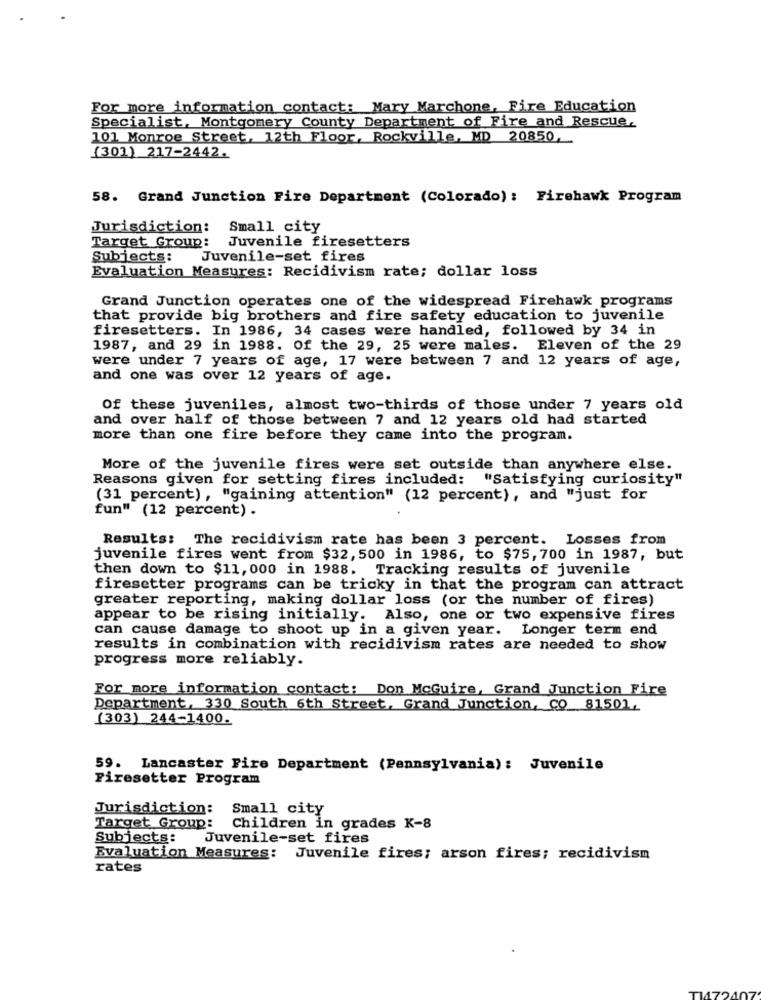
For more information contact: Mary Marchone, Fire Education
Specialist, Montgomery County Department of Fire and Rescue,
101 Monroe Street, 12th Floor, Rockville, MD 20850,
(301) 217-2442.
58. Grand Junction Fire Department (Colorado): Firehawk Program
Jurisdiction:
Small city
Target Group:
Juvenile firesetters
Subjects:
Juvenile-set fires
Evaluation Measures: Recidivism rate; dollar loss
Grand Junction operates one of the widespread Firehawk programs
that provide big brothers and fire safety education to juvenile
firesetters. In 1986, 34 cases were handled, followed by 34 in
1987, and 29 in 1988. Of the 29, 25 were males. Eleven of the 29
were under 7 years of age, 17 were between 7 and 12 years of age,
and one was over 12 years of age.
Of these juveniles, almost two-thirds of those under 7 years old
and over half of those between 7 and 12 years old had started
more than one fire before they came into the program.
More of the juvenile fires were set outside than anywhere else.
Reasons given for setting fires included: "Satisfying curiosity"
(31 percent), "gaining attention" (12 percent), and "just for
fun" (12 percent) .
Results: The recidivism rate has been 3 percent. Losses from
juvenile fires went from $32, 500 in 1986, to $75,700 in 1987, but
then down to $11, 000 in 1988. Tracking results of juvenile
firesetter programs can be tricky in that the program can attract
greater reporting, making dollar loss (or the number of fires)
appear to be rising initially. Also, one or two expensive fires
can cause damage to shoot up in a given year. Longer term end
results in combination with recidivism rates are needed to show
progress more reliably.
For more information contact: Don McGuire, Grand Junction Fire
Department, 330 South 6th Street, Grand Junction, CO 81501,
(303) 244-1400.
59. Lancaster Fire Department (Pennsylvania): Juvenile
Firesetter Program
Jurisdiction:
Small city
Target Group:
Children in grades K-8
Subjects:
Juvenile-set fires
Evaluation Measures: Juvenile fires; arson fires; recidivism
rates